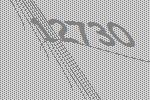
12730